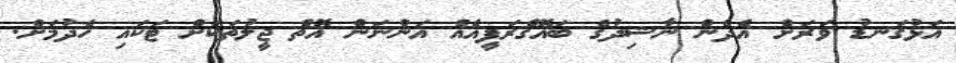
އަޅުގަނޑު ވަރަށް އެދެން ނާޝިދުގެ ބައޮގްރަފީއެއް އަންނަން އޮތް ޖީލުތަކަށް ޓަކައި ހެދުމަށް.